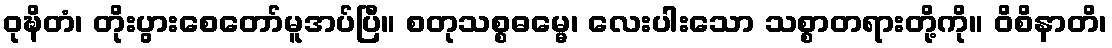
ဝုဍ္ဎိတံ၊ တိုးပွားစေတော်မူအပ်ပြီ။ စတုသစ္စဓမ္မေ၊ လေးပါးသော သစ္စာတရားတို့ကို။ ဝိစိနာတိ၊